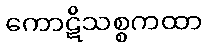
ကောဋိသစ္စကထာ